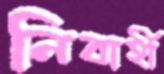
নিবার্হী